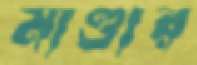
মাণ্ডার